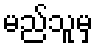
မည်သူမှ